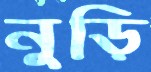
নুড়ি